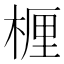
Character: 𬃗